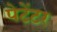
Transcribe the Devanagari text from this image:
पेटेंटर